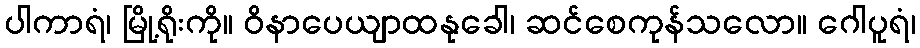
ပါကာရံ၊ မြို့ရိုးကို။ ဝိနာပေယျာထနုခေါ၊ ဆင်စေကုန်သလော။ ဂေါပူရံ၊